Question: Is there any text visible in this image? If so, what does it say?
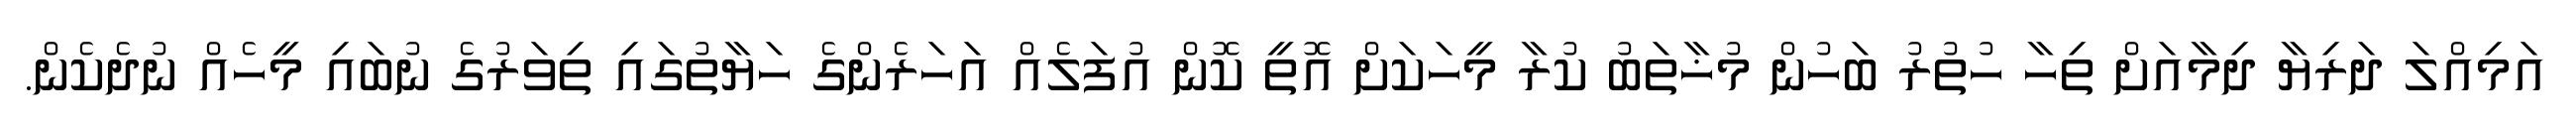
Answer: އަމިއްލަ ދަރިޔާ ދިމާއަށް ތިހާ ހުތުރު ބަހުން މުޚާތަބު ކުރާ މީހަކަށް އޮތީ ކޮން އުފަލެއް އަހަރެންގެ ހަޔާތުގައި ތިވަރުގެ ނުބައި މީހެއް ނުދެކެން.